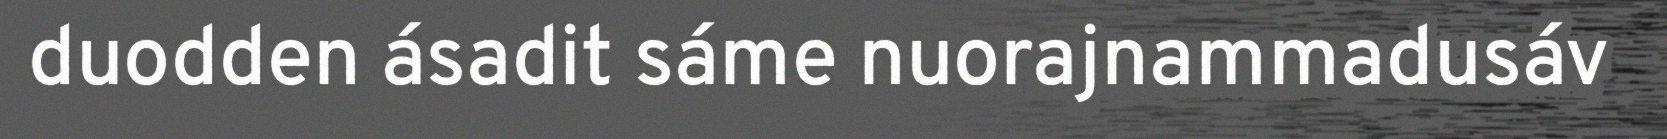
duodden ásadit sáme nuorajnammadusáv